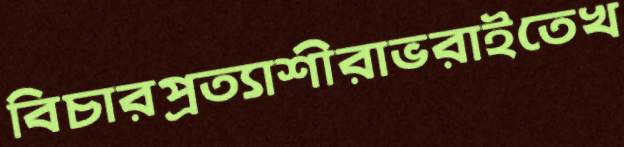
বিচারপ্রত্যাশীরাভরাইতেখ